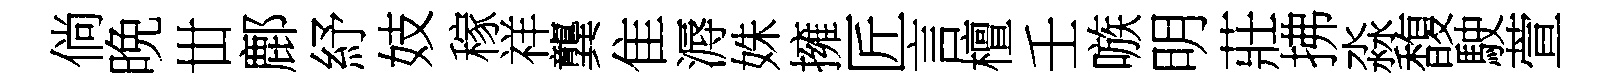
倘晩丗鄜紓妓稼祥龔隹溽姝擁匠言檀壬嗾明莊拂淼馥駛萱